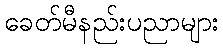
ခေတ်မီနည်းပညာများ